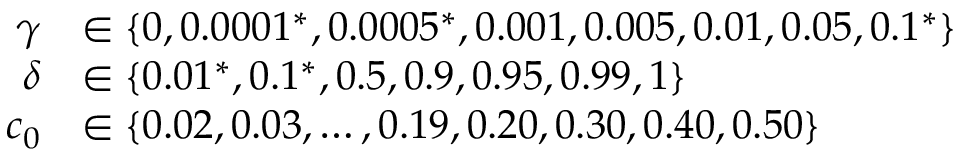
\begin{array} { r l } { \gamma } & { \in \{ 0 , 0 . 0 0 0 1 ^ { * } , 0 . 0 0 0 5 ^ { * } , 0 . 0 0 1 , 0 . 0 0 5 , 0 . 0 1 , 0 . 0 5 , 0 . 1 ^ { * } \} } \\ { \delta } & { \in \{ 0 . 0 1 ^ { * } , 0 . 1 ^ { * } , 0 . 5 , 0 . 9 , 0 . 9 5 , 0 . 9 9 , 1 \} } \\ { c _ { 0 } } & { \in \{ 0 . 0 2 , 0 . 0 3 , \dots , 0 . 1 9 , 0 . 2 0 , 0 . 3 0 , 0 . 4 0 , 0 . 5 0 \} } \end{array}